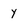
Character: y